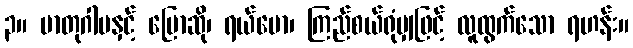
၃။ မာတုဂါမနှင့် ပြောဆို၊ ရယ်မော၊ ကြည်စယ်ရုံမျှဖြင့် လူထွက်သော ရဟန်း။